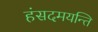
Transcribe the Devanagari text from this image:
हंसदमयन्ति